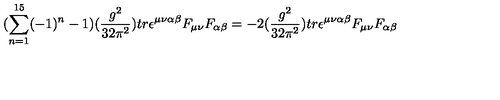
( \sum _ { n = 1 } ^ { 1 5 } ( - 1 ) ^ { n } - 1 ) ( \frac { g ^ { 2 } } { 3 2 \pi ^ { 2 } } ) t r \epsilon ^ { \mu \nu \alpha \beta } F _ { \mu \nu } F _ { \alpha \beta } = - 2 ( \frac { g ^ { 2 } } { 3 2 \pi ^ { 2 } } ) t r \epsilon ^ { \mu \nu \alpha \beta } F _ { \mu \nu } F _ { \alpha \beta }